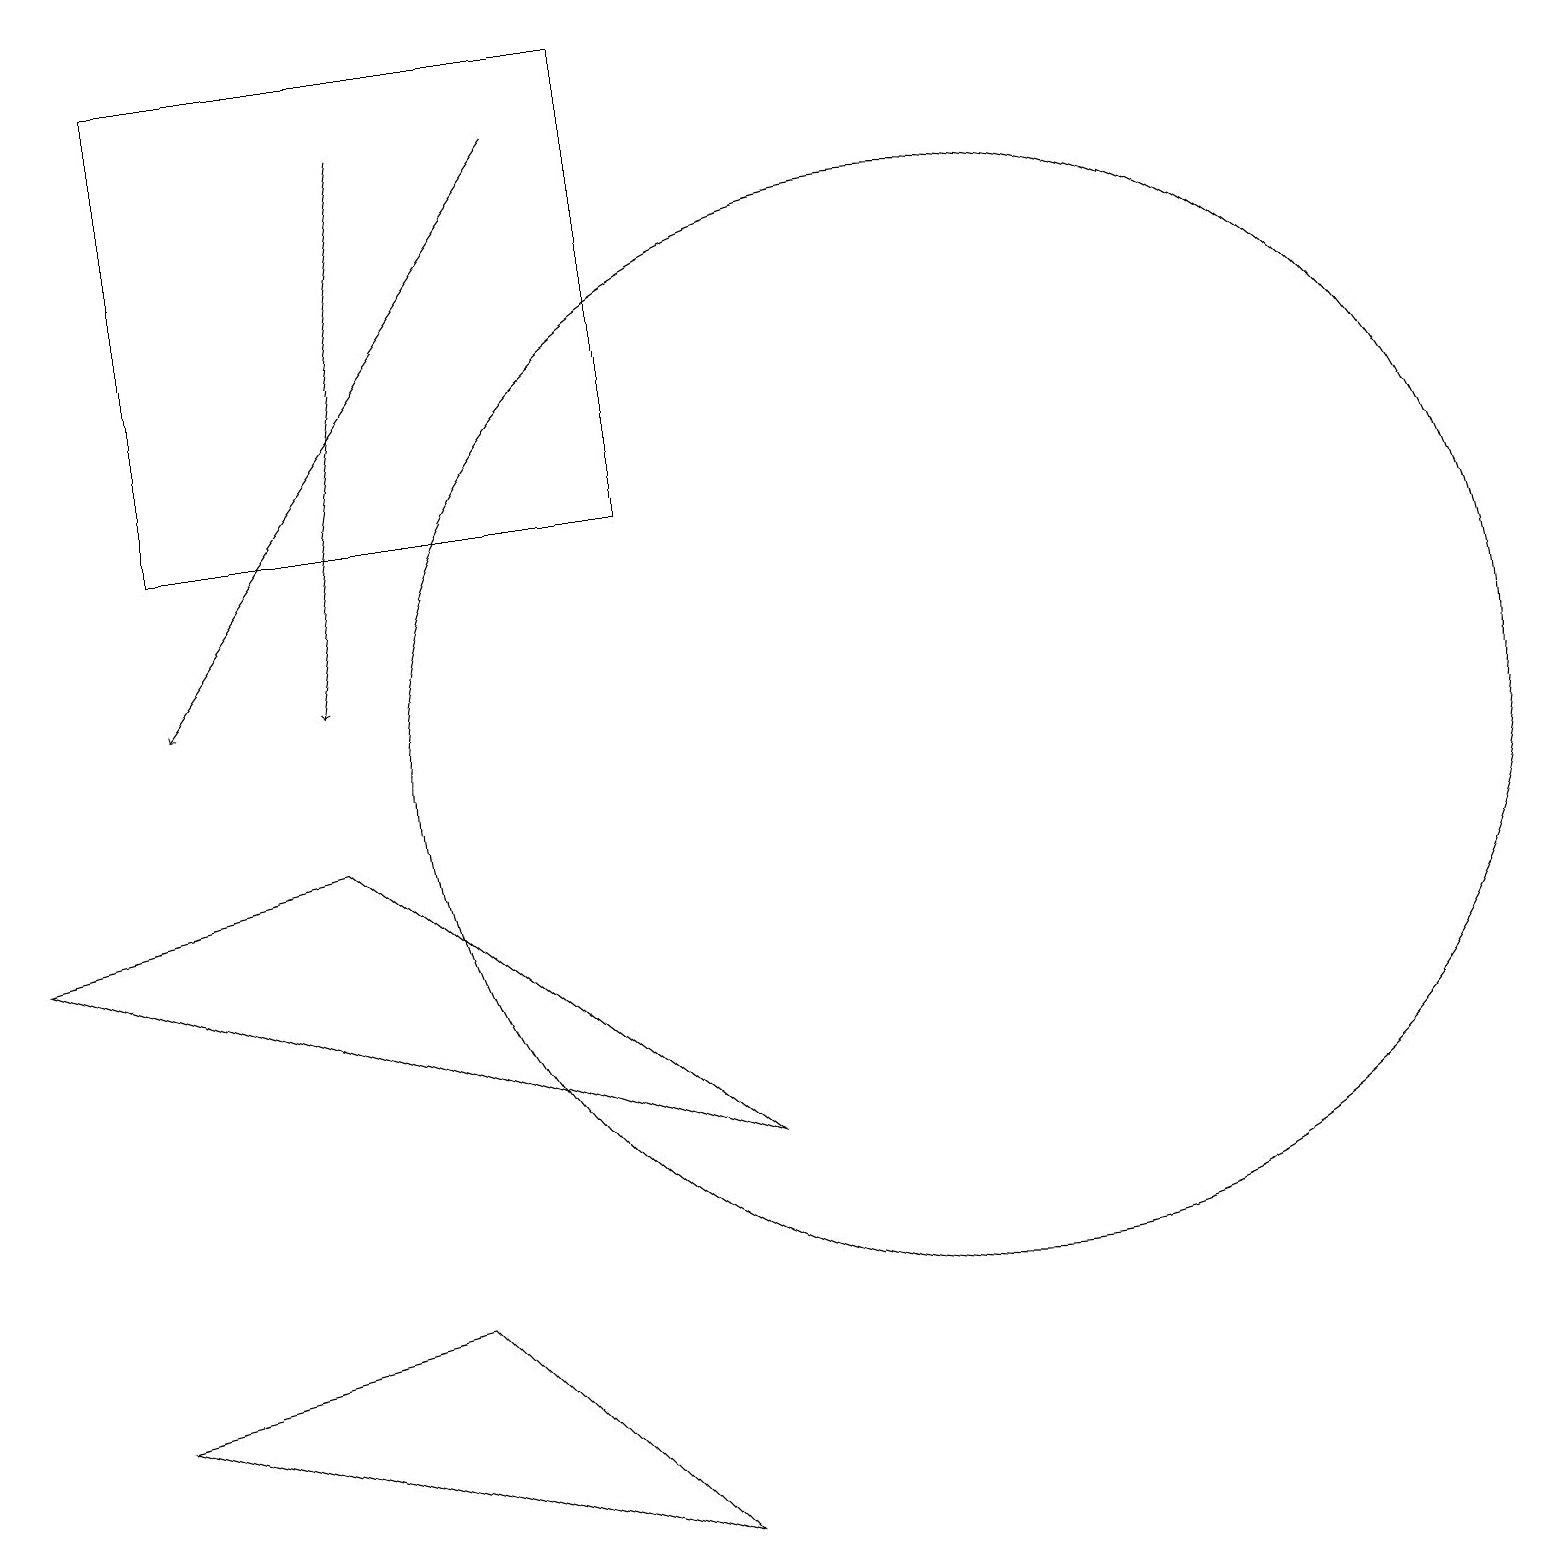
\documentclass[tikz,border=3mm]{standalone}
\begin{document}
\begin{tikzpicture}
\draw (8,0) -- (1,2) -- (5,3) -- cycle;
\draw[->] (7,18) -- (2,11);
\draw (12,10) circle (7);
\draw (4,9) -- (0,8) -- (9,5) -- cycle;
\draw (2,13) rectangle (8,19);
\draw[->] (5,18) -- (4,11);
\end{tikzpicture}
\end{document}